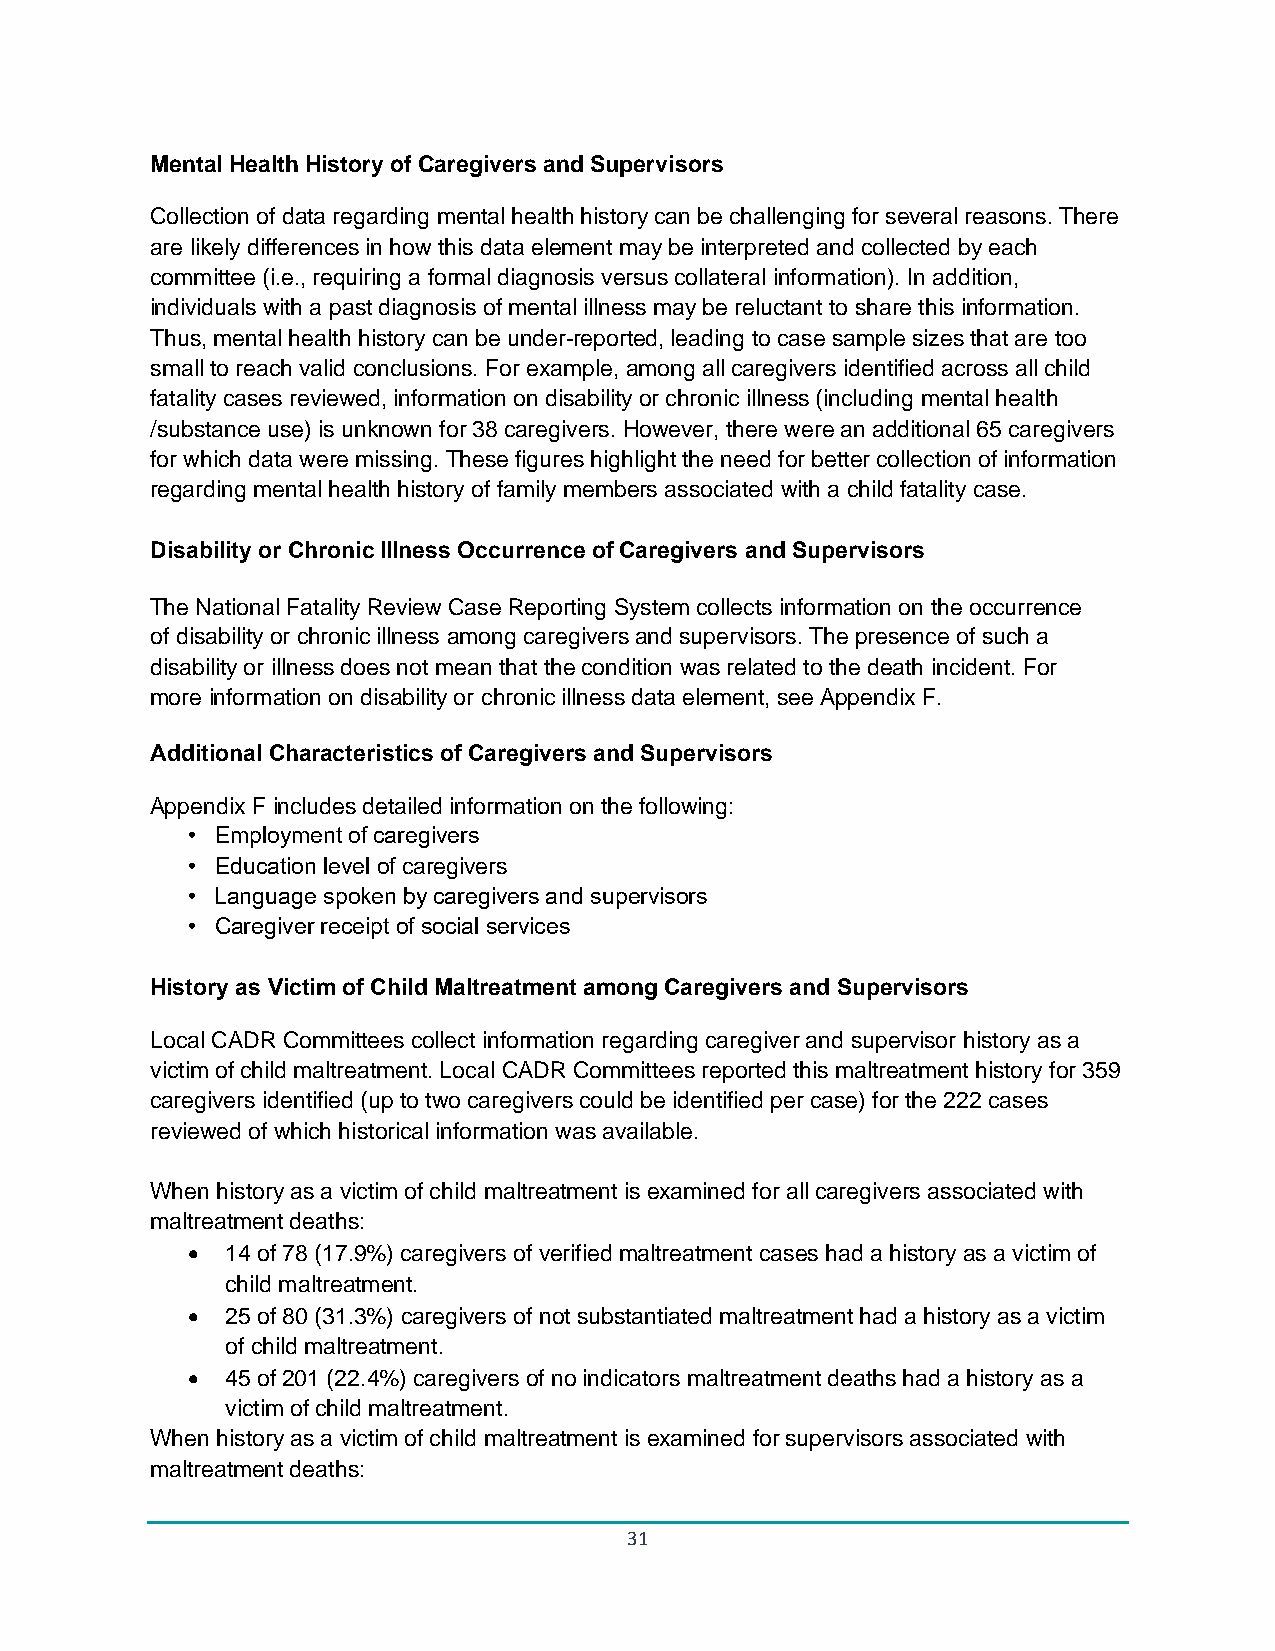
Mental Health History of Caregivers and Supervisors
 Collection of data regarding mental health history can be challenging for several reasons. There
 are likely differences in how this data element may be interpreted and collected by each
 committee (i.e., requiring a formal diagnosis versus collateral information). In addition,
 individuals with a past diagnosis of mental illness may be reluctant to share this information.
 Thus, mental health history can be under-reported, leading to case sample sizes that are too
 small to reach valid conclusions. For example, among all caregivers identified across all child
 fatality cases reviewed, information on disability or chronic illness (including mental health
 /substance use) is unknown for 38 caregivers. However, there were an additional 65 caregivers
 for which data were missing. These figures highlight the need for better collection of information
 regarding mental health history of family members associated with a child fatality case.
 Disability or Chronic Illness Occurrence of Caregivers and Supervisors
 The National Fatality Review Case Reporting System collects information on the occurrence
 of disability or chronic illness among caregivers and supervisors. The presence of such a
 disability or illness does not mean that the condition was related to the death incident. For
 more information on disability or chronic illness data element, see Appendix F.
 Additional Characteristics of Caregivers and Supervisors
 Appendix F includes detailed information on the following:
 • Employment of caregivers
 • Education level of caregivers
 • Language spoken by caregivers and supervisors
 • Caregiver receipt of social services
 History as Victim of Child Maltreatment among Caregivers and Supervisors
 Local CADR Committees collect information regarding caregiver and supervisor history as a
 victim of child maltreatment. Local CADR Committees reported this maltreatment history for 359
 caregivers identified (up to two caregivers could be identified per case) for the 222 cases
 reviewed of which historical information was available.
 When history as a victim of child maltreatment is examined for all caregivers associated with
 maltreatment deaths:
 •  14 of 78 (17.9%) caregivers of verified maltreatment cases had a history as a victim of
 child maltreatment.
 •  25 of 80 (31.3%) caregivers of not substantiated maltreatment had a history as a victim
 of child maltreatment.
 •  45 of 201 (22.4%) caregivers of no indicators maltreatment deaths had a history as a
 victim of child maltreatment.
 When history as a victim of child maltreatment is examined for supervisors associated with
 maltreatment deaths:
 31